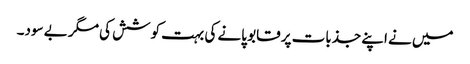
میں نے اپنے جذبات پر قابو پانے کی بہت کوشش کی مگر بے سود۔